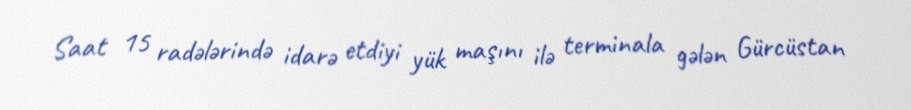
Saat 15 radələrində idarə etdiyi yük maşını ilə terminala gələn Gürcüstan